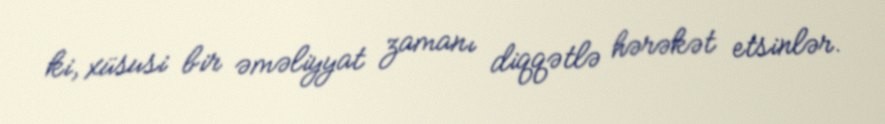
ki, xüsusi bir əməliyyat zamanı diqqətlə hərəkət etsinlər.